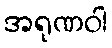
အရုဏဝါ